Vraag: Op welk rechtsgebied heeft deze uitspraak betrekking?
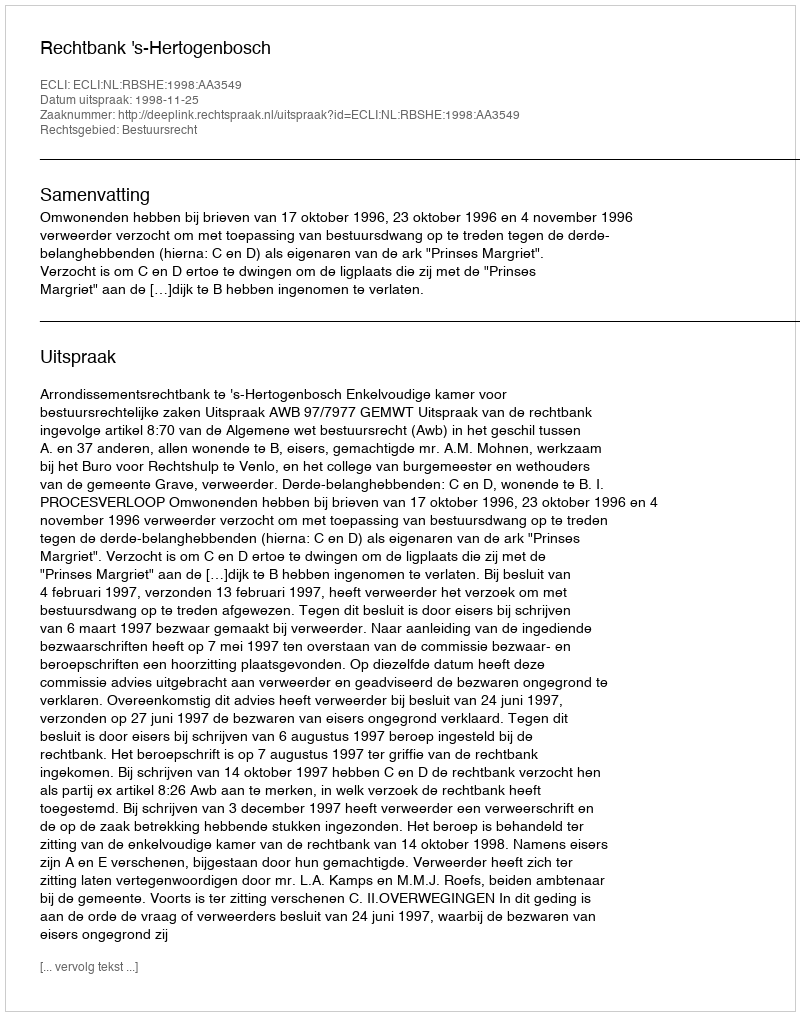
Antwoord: Bestuursrecht